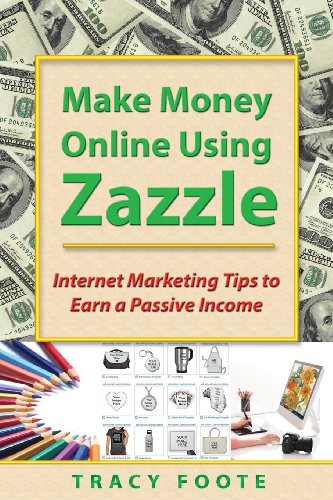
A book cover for Make Money Online Using Zazzle: Internet Marketing Tips to Earn a Passive Income; Tracy Foote; Computers & Technology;